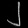
Digit: ၂